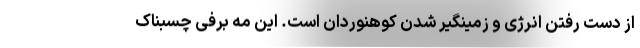
از دست رفتن انرژی و زمینگیر شدن کوهنوردان است. این مه برفی چسبناک